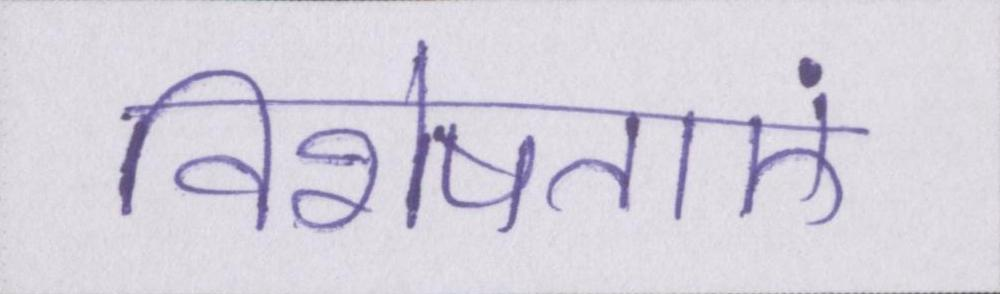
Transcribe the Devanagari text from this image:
विशेषताएं